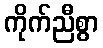
ကိုက်ညီစွာ